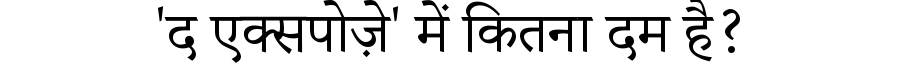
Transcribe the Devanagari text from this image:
'द एक्सपोज़े' में कितना दम है?